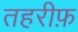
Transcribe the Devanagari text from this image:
तहरीफ़